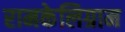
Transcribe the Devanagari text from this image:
रामकेलिग्राम